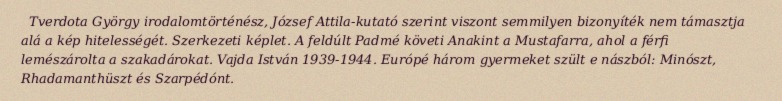
Tverdota György irodalomtörténész, József Attila-kutató szerint viszont semmilyen bizonyíték nem támasztja alá a kép hitelességét. Szerkezeti képlet. A feldúlt Padmé követi Anakint a Mustafarra, ahol a férfi lemészárolta a szakadárokat. Vajda István 1939-1944. Európé három gyermeket szült e nászból: Minószt, Rhadamanthüszt és Szarpédónt.